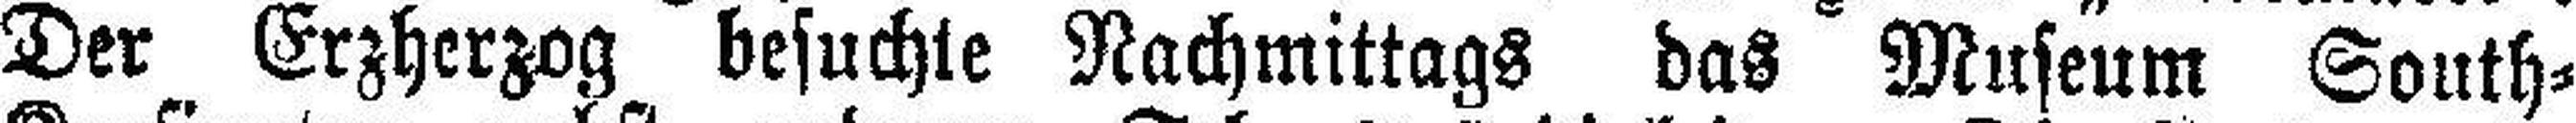
Der Erzherzog besuchte Nachmittags das Museum South=